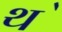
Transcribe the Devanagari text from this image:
थ॓